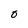
Character: 0